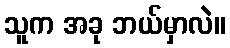
သူက အခု ဘယ်မှာလဲ။